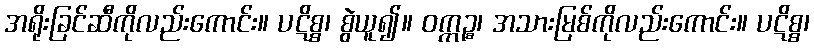
အရိုးခြင်ဆီကိုလည်းကောင်း။ ပဋိစ္စ၊ စွဲယူ၍။ ဝက္ကဉ္စ၊ အသားမြစ်ကိုလည်းကောင်း။ ပဋိစ္စ၊